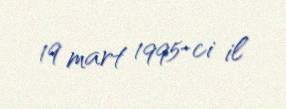
19 mart 1995-ci il